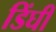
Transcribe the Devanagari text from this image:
डिंघी